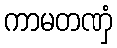
ကာမတဏှံ